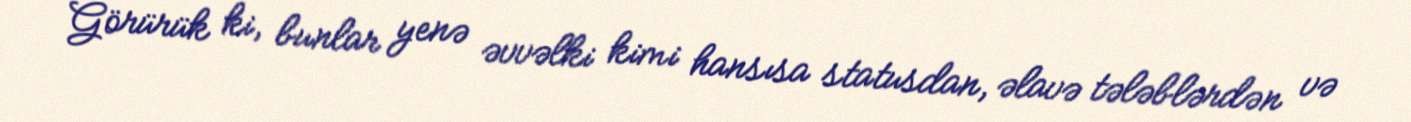
Görürük ki, bunlar yenə əvvəlki kimi hansısa statusdan, əlavə tələblərdən və